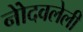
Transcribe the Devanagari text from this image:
नोेंदवलेली